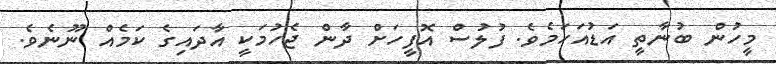
މީހުން ބުނާތީ އަޑުއަހަމެވެ. ފުލުސް އޮފީހަށް ދާން ޖެހުމަކީ އާދައިގެ ކަމެއް ނޫނެވެ.